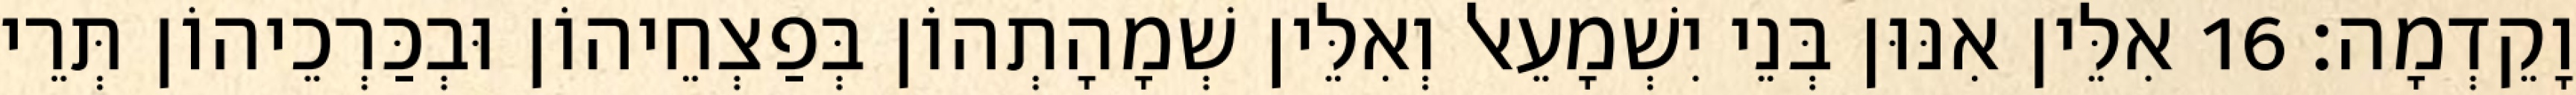
וָקֵדְמָה׃ 16 אִלֵּין אִנּוּן בְּנֵי יִשְׁמָעֵאל וְאִלֵּין שְׁמָהָתְהוֹן בְּפַצְחֵיהוֹן וּבְכַּרְכֵיהוֹן תְּרֵי